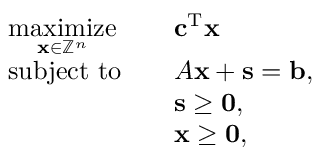
{ \begin{array} { r l r l } & { { \underset { \mathbf { x } \in \mathbb { Z } ^ { n } } { \mathrm { m a x i m i z e } } } } & & { \mathbf { c } ^ { \mathrm { T } } \mathbf { x } } \\ & { { \mathrm { s u b j e c t ~ t o } } } & & { A \mathbf { x } + \mathbf { s } = \mathbf { b } , } \\ & { } & & { \mathbf { s } \geq \mathbf { 0 } , } \\ & { } & & { \mathbf { x } \geq \mathbf { 0 } , } \end{array} }